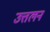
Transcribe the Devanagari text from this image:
उत्तलन